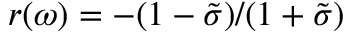
r ( \omega ) = - ( 1 - \tilde { \sigma } ) / ( 1 + \tilde { \sigma } )